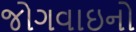
જોગવાઇનો